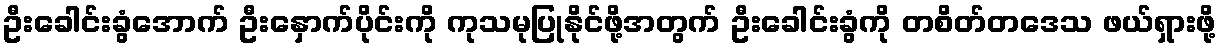
ဦးခေါင်းခွံအောက် ဦးနှောက်ပိုင်းကို ကုသမုပြုနိုင်ဖို့အတွက် ဦးခေါင်းခွံကို တစိတ်တဒေသ ဖယ်ရှားဖို့